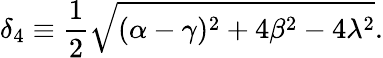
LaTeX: \delta_{4}\equiv\frac{1}{2}\sqrt{(\alpha-\gamma)^{2}+4\beta^{2}-4\lambda^{2}}.